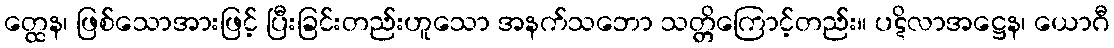
တ္ထေန၊ ဖြစ်သောအားဖြင့် ပြီးခြင်းတည်းဟူသော အနက်သဘော သတ္တိကြောင့်တည်း။ ပဋိလာအဋ္ဌေန၊ ယောဂီ